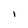
Character: l